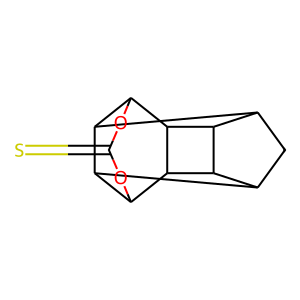
SMILES: S=C1OC2C3C4CC5C3C(O1)C1C5C4C21
Inhibits HIV replication: No